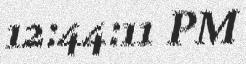
12:44:11 PM